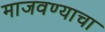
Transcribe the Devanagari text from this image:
माजवण्याचा